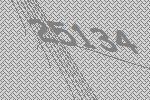
25134